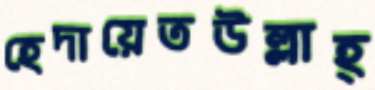
হেদায়েতউল্লাহ্